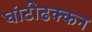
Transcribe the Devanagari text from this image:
घांटीढक्कन